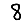
Digit: 8